Report on the cultivation and use of ganja
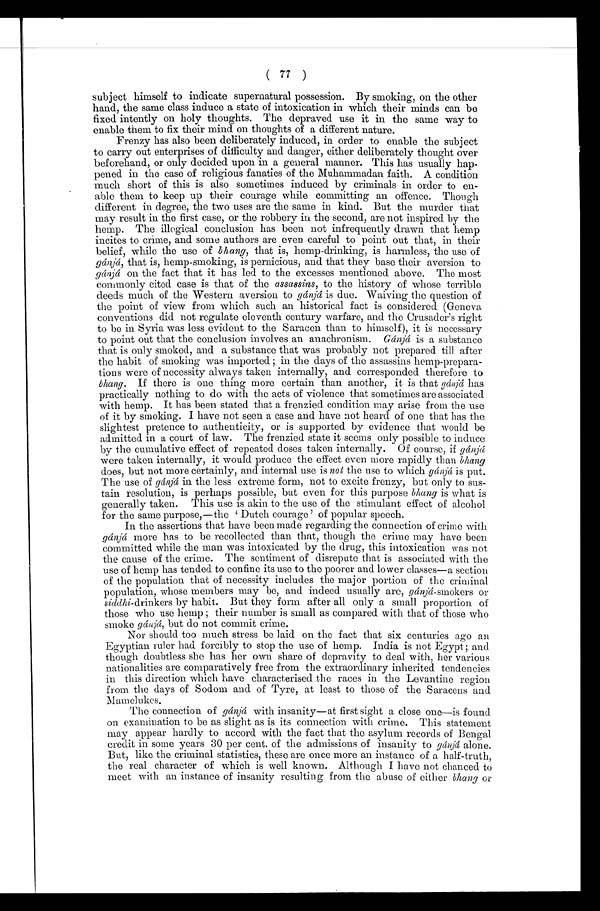
( 77 )
subject himself to indicate supernatural possession. By smoking, on the other
hand, the same class induce a state of intoxication in which their minds can be
fixed intently on holy thoughts. The depraved use it in the same way to
enable them to fix their mind on thoughts of a different nature.
Frenzy has also been deliberately induced, in order to enable the subject
to carry out enterprises of difficulty and danger, either deliberately thought over
beforehand, or only decided upon in a general manner. This has usually hap-
pened in the case of religious fanatics of the Muhammadan faith. A condition
much short of this is also sometimes induced by criminals in order to en-
able them to keep up their courage while committing an offence. Though
different in degree, the two uses are the same in kind. But the murder that
may result in the first case, or the robbery in the second, are not inspired by the
hemp. The illogical conclusion has been not infrequently drawn that hemp
incites to crime, and some authors are even careful to point out that, in their
belief, while the use of bhang, that is, hemp-drinking, is harmless, the use of
gánjá, that is, hemp-smoking, is pernicious, and that they base their aversion to
gánjá on the fact that it has led to the excesses mentioned above. The most
commonly cited case is that of the assassins, to the history of whose terrible
deeds much of the Western aversion to gánjá is due. Waiving the question of
the point of view from which such an historical fact is considered (Geneva
conventions did not regulate eleventh century warfare, and the Crusader's right
to be in Syria was less evident to the Saracen than to himself), it is necessary
to point out that the conclusion involves an anachronism. Gánjá is a substance
that is only smoked, and a substance that was probably not prepared till after
the habit of smoking was imported ; in the days of the assassins hemp-prepara-
tions were of necessity always taken internally, and corresponded therefore to
bhang. If there is one thing more certain than another, it is that gánjá has
practically nothing to do with the acts of violence that sometimes are associated
with hemp. It has been stated that a frenzied condition may arise from the use
of it by smoking. I have not seen a case and have not heard of one that has the
slightest pretence to authenticity, or is supported by evidence that would be
admitted in a court of law. The frenzied state it seems only possible to induce
by the cumulative effect of repeated doses taken internally. Of course, if g á n j á
were taken internally, it would produce the effect even more rapidly than bhang
does, but not more certainly, and internal use is not the use to which gánjá is put.
The use of gánjá in the less extreme form, not to excite frenzy, but only to sus-
tain resolution, is perhaps possible, but even for this purpose bhang is what is
generally taken. This use is akin to the use of the stimulant effect of alcohol
for the same purpose,—the ‘Dutch courage' of popular speech.
In the assertions that have been made regarding the connection of crime with
gánjá more has to be recollected than that, though the crime may have been
committed while the man was intoxicated by the drug, this intoxication was not
the cause of the crime. The sentiment of disrepute that is associated with the
use of hemp has tended to confine its use to the poorer and lower classes—a section
of the population that of necessity includes the major portion of the criminal
population, whose members may be, and indeed usually are, gánjá-smokers or
siddhi -drinkers by habit. But they form after all only a small proportion of
those who use hemp ; their number is small as compared with that of those who
smoke gánjá, but do not commit crime.
Nor should too much stress be laid on the fact that six centuries ago an
Egyptian ruler had forcibly to stop the use of hemp. India is not Egypt; and
though doubtless she has her own share of depravity to deal with, her various
nationalities are comparatively free from the extraordinary inherited tendencies
in this direction which have characterised the races in the Levantine region
from the days of Sodom and of Tyre, at least to those of the Saracens and
Mamelukes.
The connection of gánjá with insanity—at first sight a close one—is found
on examination to be as slight as is its connection with crime. This statement
may appear hardly to accord with the fact that the asylum records of Bengal
credit in some years 30 per cent. of the admissions of insanity to gá njá alone.
But, like the criminal statistics, these are once more an instance of a half-truth,
the real character of which is well known. Although I have not chanced to
meet with an instance of insanity resulting from the abuse of either bhang or